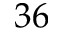
3 6